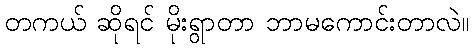
တကယ် ဆိုရင် မိုးရွာတာ ဘာမကောင်းတာလဲ။